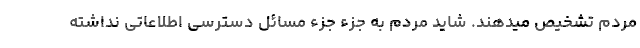
مردم تشخیص میدهند. شاید مردم به جزء جزء مسائل دسترسی اطلاعاتی نداشته